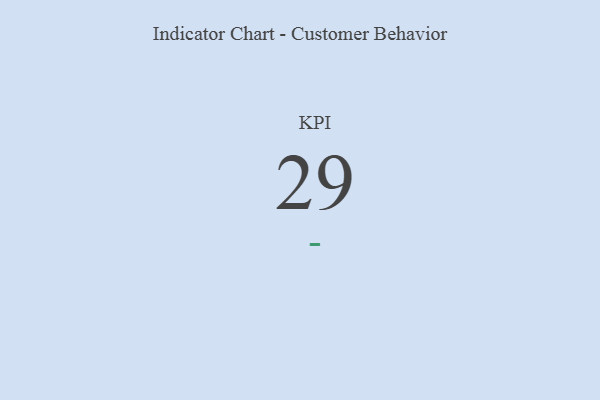
{"axis": {"x": "KPI", "y": "Value"}, "legend": [""], "data": [{"x": "KPI", "y": 29, "type": ""}]}